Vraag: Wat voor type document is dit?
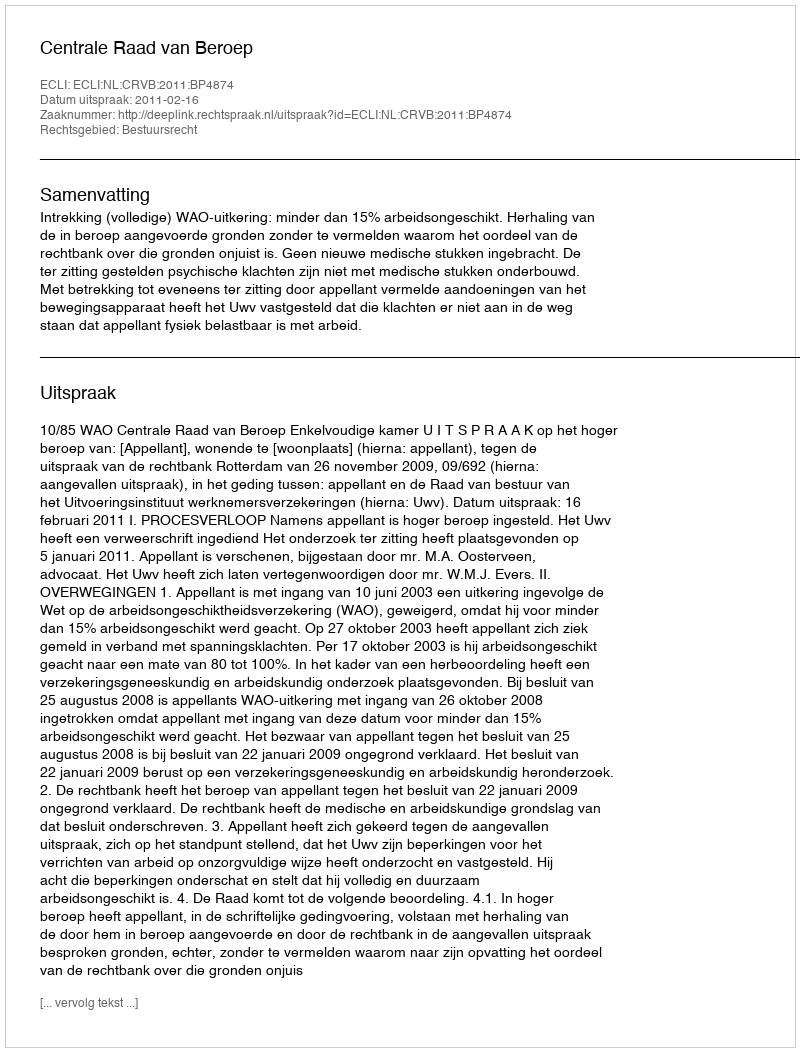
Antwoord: Uitspraak